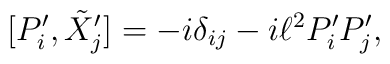
[P'_i, \tilde{X}_j'] = - i \delta_{ij} - i \ell^2 P'_i P'_j,